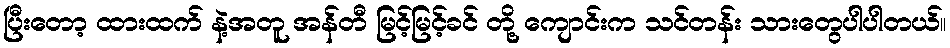
ပြီးတော့ ထားထက် နဲ့အတူ အန်တီ မြင့်မြင့်ခင် တို့ ကျောင်းက သင်တန်း သားတွေပါပါတယ်။